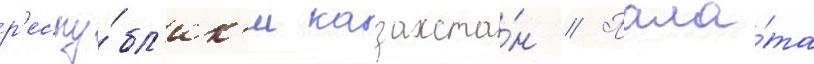
р'еспу́бл'ик'и казахста́н // Пала́та